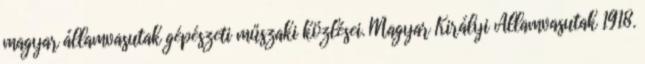
magyar államvasutak gépészeti műszaki közlései. Magyar Királyi Államvasutak 1918.